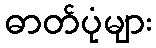
ဓာတ်ပုံများ